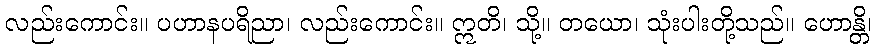
လည်းကောင်း။ ပဟာနပရိညာ၊ လည်းကောင်း။ ဣတိ၊ သို့။ တယော၊ သုံးပါးတို့သည်။ ဟောန္တိ၊